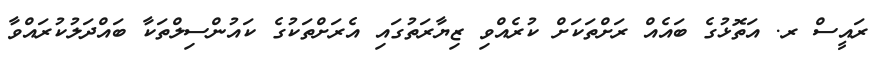
ރައީސް ރ. އަތޮޅުގެ ބައެއް ރަށްތަކަށް ކުރެއްވި ޒިޔާރަތުގައި އެރަށްތަކުގެ ކައުންސިލްތަކާ ބައްދަލުކުރައްވާ